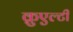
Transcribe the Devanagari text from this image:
क्रुएल्टी